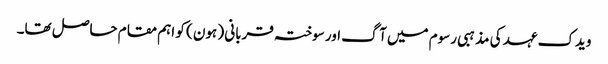
ویدک عہد کی مذہبی رسوم میں آگ اور سوختہ قربانی ( ہون ) کو اہم مقام حاصل تھا۔